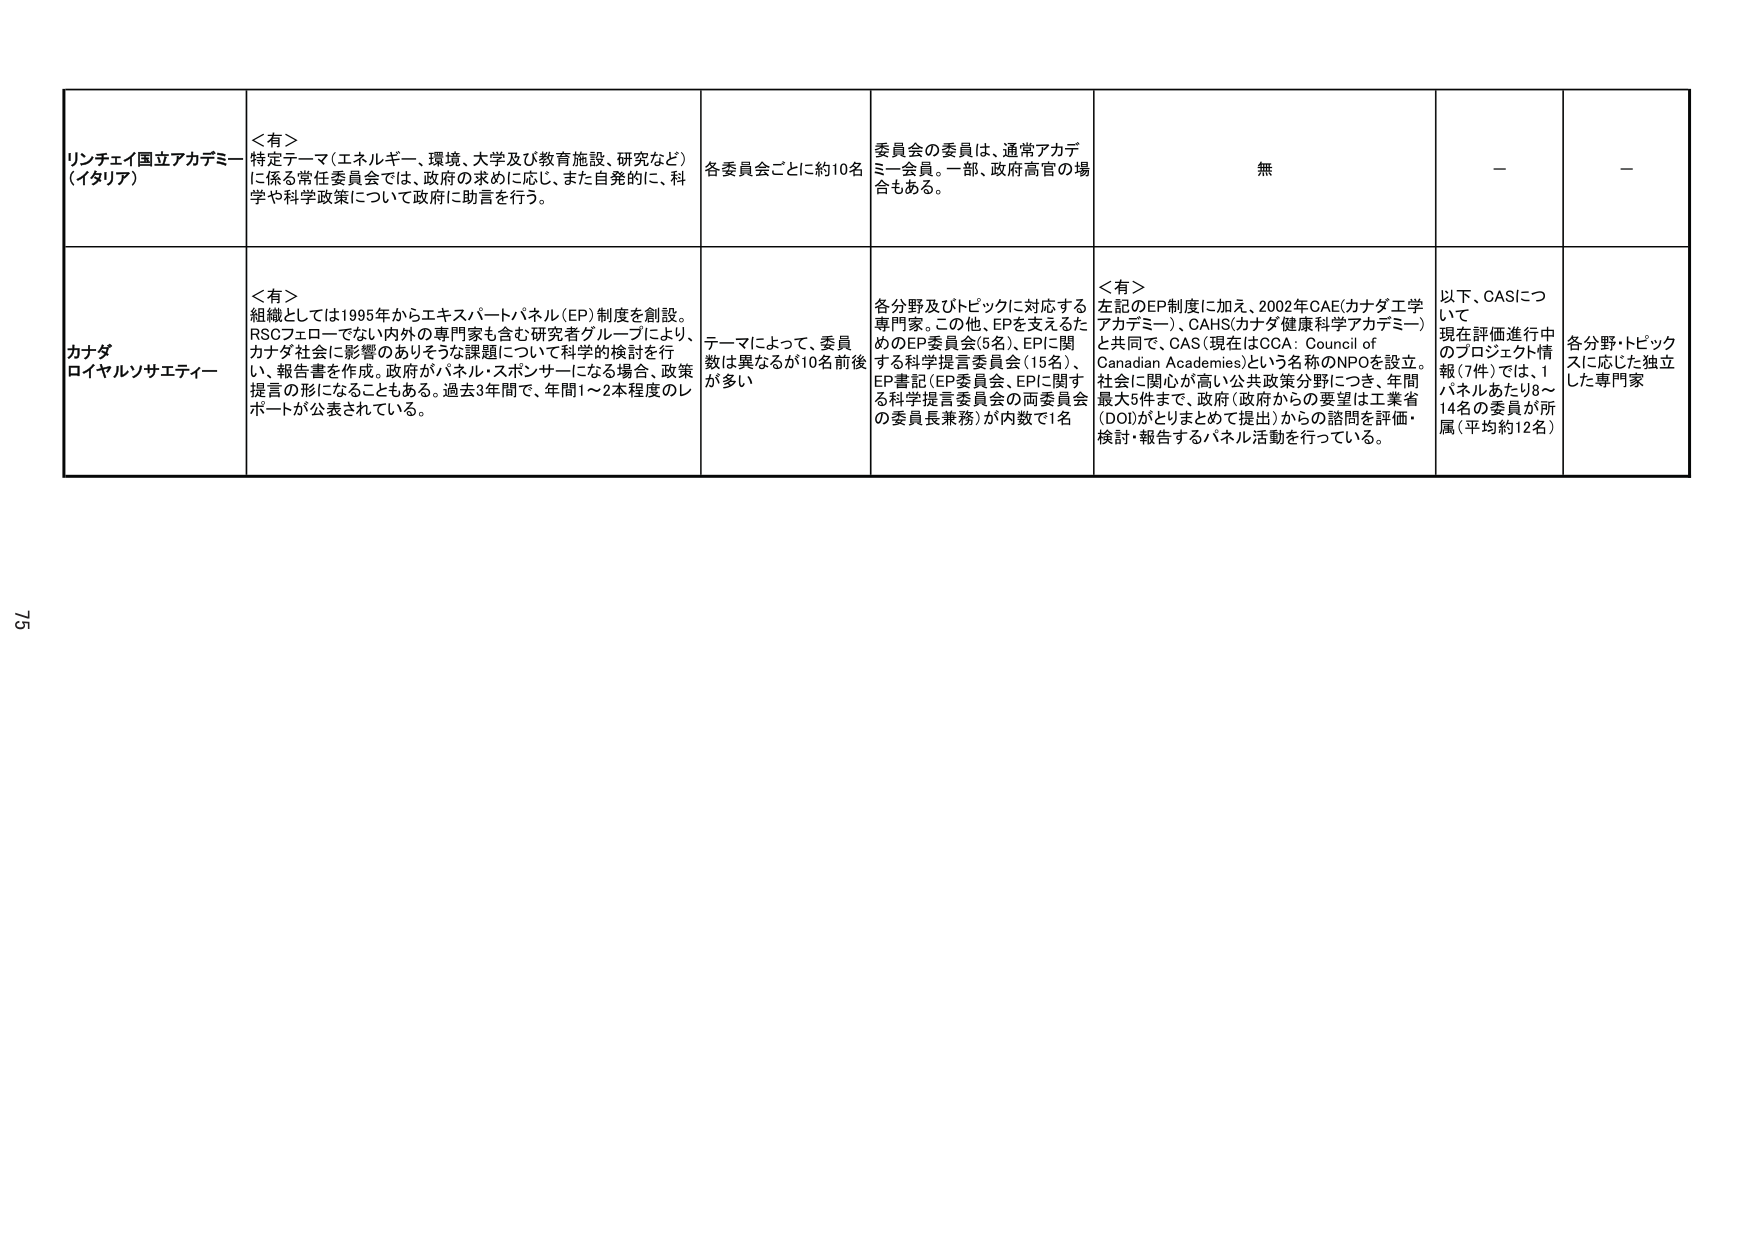
リンチェイ国立アカデミー
（イタリア）

＜有＞
特定テーマ（エネルギー、環境、大学及び教育施設、研究など）
に係る常任委員会では、政府の求めに応じ、また自発的に、科
学や科学政策について政府に助言を行う。

各委員会ごとに約10名

委員会の委員は、通常アカデミー会員。一部、政府高官の場合もある。

無

－

－

カナダ
ロイヤルソサエティー

＜有＞
組織としては1995年からエキスパートパネル（EP）制度を創設。
RSCフローデない内外の専門家も含む研究者グループにより、
カナダ社会に影響のありそうな課題について科学的検討を行い、報告書を作成。政府がパネル・スポンサーになる場合、政策提言の形になることもある。過去3年間で、年間1～2本程度のレポートが公表されている。

テーマによって、委員数は異なるが10名前後が多い

各分野及びトピックに対応する専門家。この他、EPを支えるためのEP委員会（5名）、EPに関する科学提言委員会（15名）、EP書記（EP委員会、EPに関する科学提言委員会の両委員会の委員長兼務）が内数で1名

＜有＞
左記のEP制度に加え、2002年CAE（カナダ工学アカデミー）、CAHS（カナダ健康科学アカデミー）と共同で、CAS（現在はCCA：Council of Canadian Academies）という名称のNPOを設立。社会に関心が高い公共政策分野につき、年間最大5件まで、政府（政府からの要望は工業省（DOI）がとりまとめて提出）からの諮問を評価・検討・報告するパネル活動を行っている。

以下、CASについて
現在評価進行中のプロジェクト情報（7件）では、1パネルあたり8～14名の委員が所属（平均約12名）

各分野・トピックスに応じた独立した専門家

75